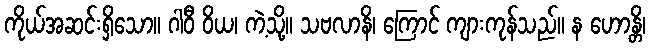
ကိုယ်အဆင်းရှိသော။ ဂါဝီ ဝိယ၊ ကဲ့သို့။ သဗလာနိ၊ ကြောင် ကျားကုန်သည်။ န ဟောန္တိ၊